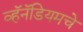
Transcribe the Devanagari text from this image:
व्हॅनॅडियमचे